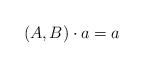
LaTeX: \begin{align*}(A,B)\cdot a = a\end{align*}